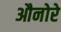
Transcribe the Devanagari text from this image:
औनोरे